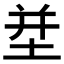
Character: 𱗈